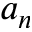
a _ { n }